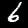
Digit: 6